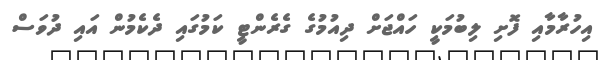
އިހުރާމާއި ފޮށި ލިބުމަކީ ހައްޖަށް ދިއުމުގެ ގެރެންޓީ ކަމުގައި ދެކެމުން އައި ދުވަސް